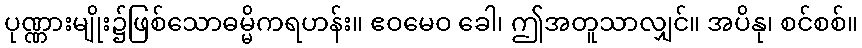
ပုဏ္ဏားမျိုး၌ဖြစ်သောဓမ္မိကရဟန်း။ ဧဝမေဝ ခေါ၊ ဤအတူသာလျှင်။ အပိနု၊ စင်စစ်။